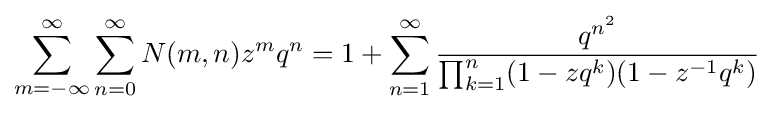
\sum _{m=-\infty }^{\infty }\sum _{n=0}^{\infty }N(m,n)z^{m}q^{n}=1+\sum _{n=1}^{\infty }{\frac {q^{n^{2}}}{\prod _{k=1}^{n}(1-zq^{k})(1-z^{-1}q^{k})}}